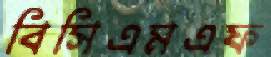
বিসিএমএফ